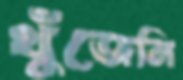
খুঁজেনি